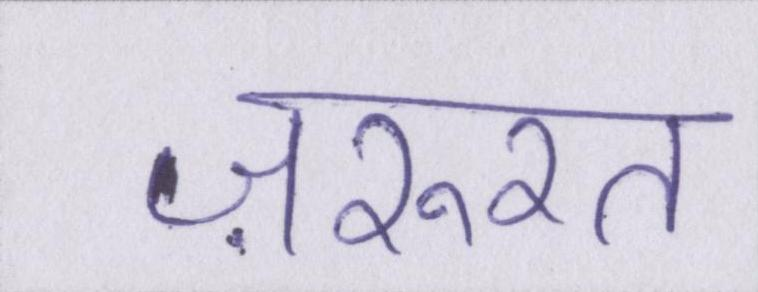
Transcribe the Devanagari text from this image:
ज़रुरत